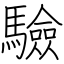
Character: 驗